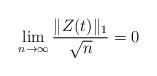
LaTeX: \begin{align*}\lim_{n \rightarrow \infty} \frac{\|Z(t)\|_1}{\sqrt n}=0 \end{align*}